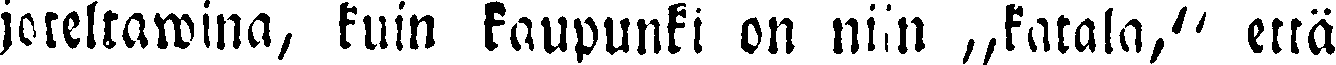
joteltawina, kuin kaupunki on niin „katala," että